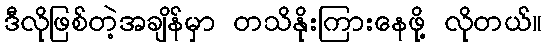
ဒီလိုဖြစ်တဲ့အချိန်မှာ တသိနိုးကြားနေဖို့ လိုတယ်။